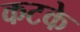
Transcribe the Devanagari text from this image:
कटके